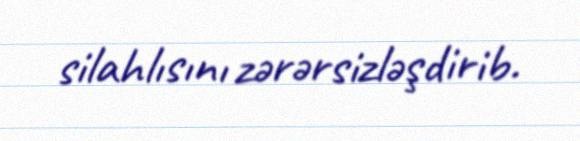
silahlısını zərərsizləşdirib.